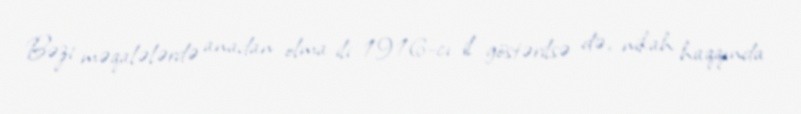
Bəzi məqalələrdə anadan olma ili 1916-cı il göstərilsə də, nikah haqqında